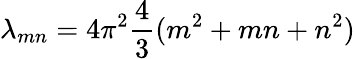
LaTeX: \lambda_{mn}=4\pi^{2}{\frac{4}{3}}(m^{2}+mn+n^{2})